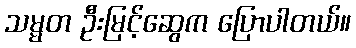
သမ္မတ ဦးမြင့်ဆွေက ပြောပါတယ်။